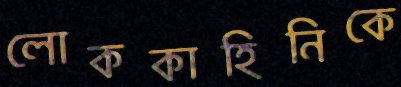
লোককাহিনিকে